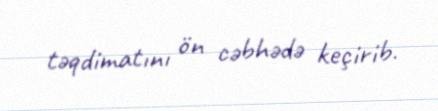
təqdimatını ön cəbhədə keçirib.